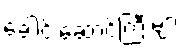
ခေါင်းဆောင်ကြီးများ